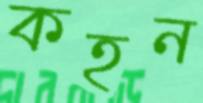
কহন